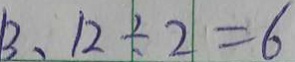
1 3 、 1 2 \div 2 = 6